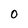
Character: 0